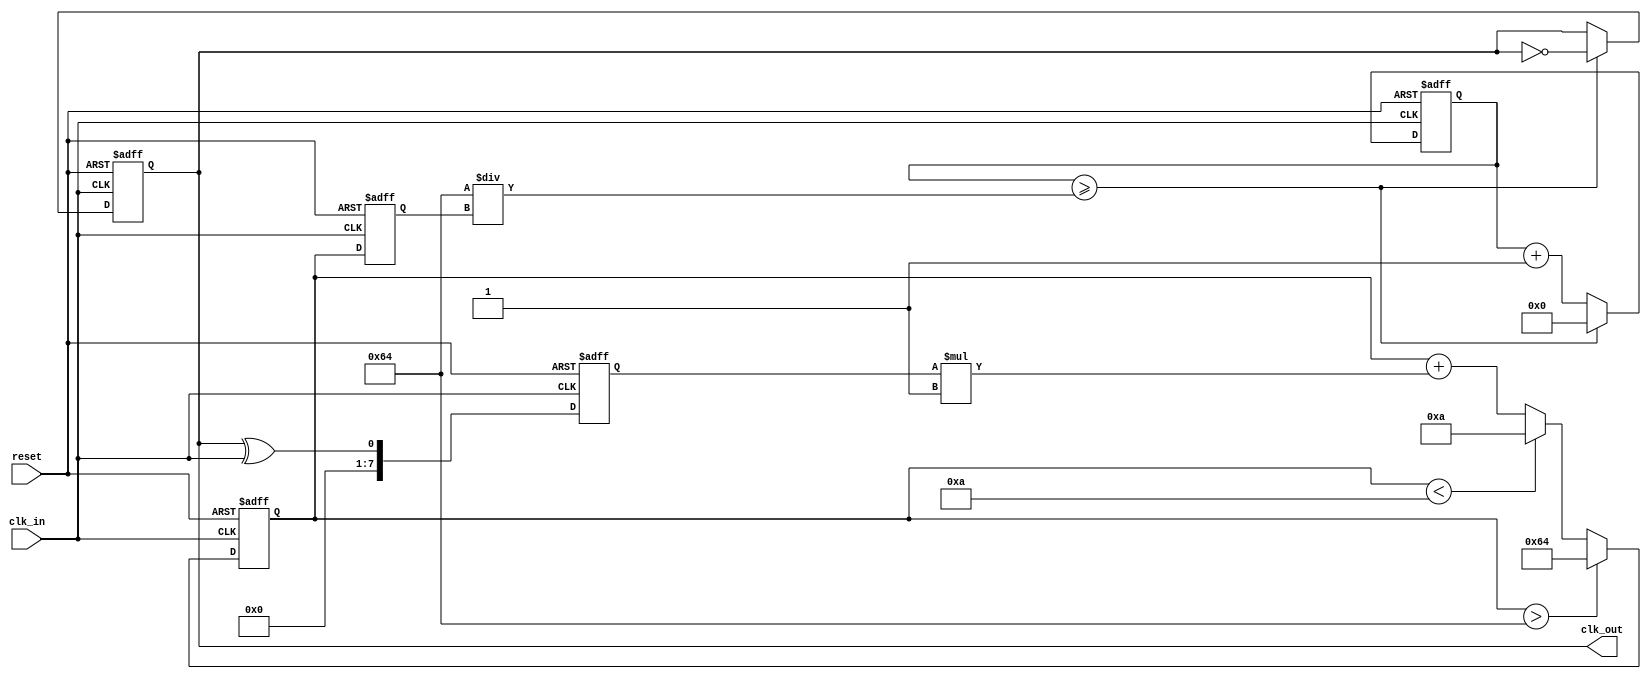
module pll (
    input wire clk_in,         // Incoming data signal
    input wire reset,          // Reset signal
    output reg clk_out         // Output clock signal
);

// Parameters for the VCO and Loop Filter
parameter VCO_MAX_FREQ = 100; // Maximum frequency of VCO
parameter VCO_MIN_FREQ = 10;   // Minimum frequency of VCO
parameter LOOP_FILTER_GAIN = 1; // Gain for loop filter

reg [7:0] phase_error;         // Phase error signal
reg [7:0] control_voltage;      // Control voltage for VCO
reg [7:0] vco_freq;             // Frequency of VCO
reg [7:0] vco_counter;          // Counter for VCO frequency division

// Phase Detector
always @(posedge clk_in or posedge reset) begin
    if (reset) begin
        phase_error <= 0;
    end else begin
        // Simple XOR phase detector
        phase_error <= (clk_out ^ clk_in);
    end
end

// Loop Filter
always @(posedge clk_in or posedge reset) begin
    if (reset) begin
        control_voltage <= 0;
    end else begin
        // Simple first-order loop filter
        control_voltage <= control_voltage + (phase_error * LOOP_FILTER_GAIN);
        // Clamp control voltage to VCO limits
        if (control_voltage > VCO_MAX_FREQ) control_voltage <= VCO_MAX_FREQ;
        else if (control_voltage < VCO_MIN_FREQ) control_voltage <= VCO_MIN_FREQ;
    end
end

// Voltage-Controlled Oscillator (VCO)
always @(posedge clk_in or posedge reset) begin
    if (reset) begin
        vco_freq <= VCO_MIN_FREQ;
        clk_out <= 0;
        vco_counter <= 0;
    end else begin
        // Update VCO frequency based on control voltage
        vco_freq <= control_voltage;

        // Generate output clock based on VCO frequency
        vco_counter <= vco_counter + 1;
        if (vco_counter >= (100 / vco_freq)) begin
            clk_out <= ~clk_out; // Toggle clock output
            vco_counter <= 0;     // Reset counter
        end
    end
end

endmodule